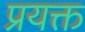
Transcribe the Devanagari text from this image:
प्रयक्त